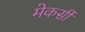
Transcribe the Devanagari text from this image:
मेकर्सी